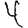
Digit: 4